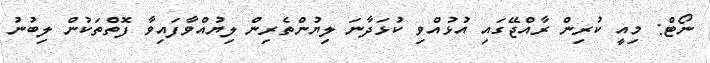
ނޯޓް: މިއީ ކުރިން ރާއްޖޭގައި އުޅުއްވި ކުޅަދާނަ ލިޔުންތެރިން ލިޔުއްވާފައިވާ ފޮތްތަކުން ލިބުނު